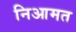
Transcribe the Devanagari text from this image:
निआमत